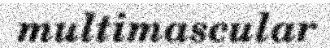
multimascular